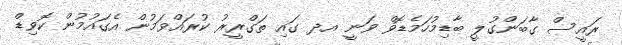
ރައީސް ގާބަންގުލީ ބާޑިމުހަމެޑޮވް ވަނީ އދ ގައި ތަގްރީރު ކުރައްވަމުން އެގައުމުން ކޮވިޑް